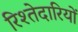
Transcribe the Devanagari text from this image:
रिश्तेदारियों